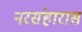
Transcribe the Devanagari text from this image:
नरसंहारास